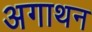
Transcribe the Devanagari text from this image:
अगाथन